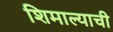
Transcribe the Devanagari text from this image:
शिमाल्याची